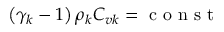
\left( \gamma _ { k } - 1 \right) \rho _ { k } C _ { v k } = \mathrm { ~ c ~ o ~ n ~ s ~ t ~ }